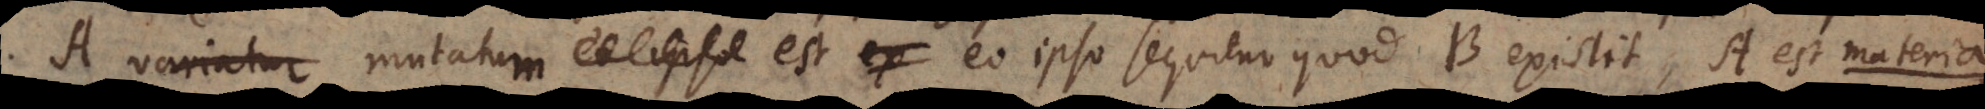
ipso mutatum est ex eo ipso sequitur quod B existit, A est m a